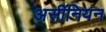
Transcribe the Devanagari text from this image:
असीनियन